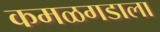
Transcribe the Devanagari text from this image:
कमळगडाला